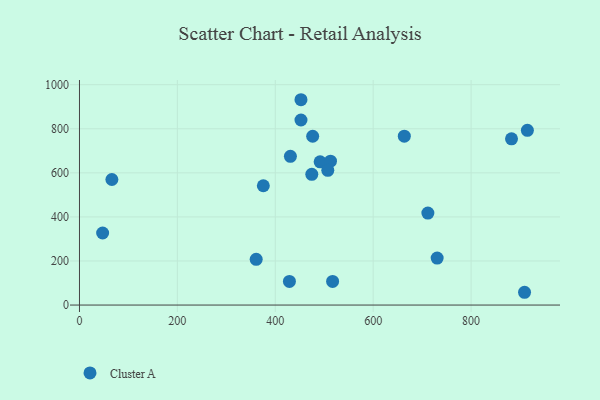
{"axis": {"x": "Investment", "y": "Yield"}, "legend": ["Cluster A"], "data": [{"x": "476.4", "y": 766.1, "type": "Cluster A"}, {"x": "375.6", "y": 541.4, "type": "Cluster A"}, {"x": "915.0", "y": 792.8, "type": "Cluster A"}, {"x": "491.6", "y": 650.1, "type": "Cluster A"}, {"x": "882.6", "y": 754.5, "type": "Cluster A"}, {"x": "474.6", "y": 593.2, "type": "Cluster A"}, {"x": "517.1", "y": 107.2, "type": "Cluster A"}, {"x": "361.0", "y": 207.6, "type": "Cluster A"}, {"x": "452.5", "y": 839.7, "type": "Cluster A"}, {"x": "452.5", "y": 931.8, "type": "Cluster A"}, {"x": "66.2", "y": 569.8, "type": "Cluster A"}, {"x": "909.2", "y": 58.0, "type": "Cluster A"}, {"x": "512.8", "y": 652.9, "type": "Cluster A"}, {"x": "47.3", "y": 327.1, "type": "Cluster A"}, {"x": "663.6", "y": 766.2, "type": "Cluster A"}, {"x": "507.3", "y": 611.3, "type": "Cluster A"}, {"x": "730.7", "y": 213.1, "type": "Cluster A"}, {"x": "430.9", "y": 675.0, "type": "Cluster A"}, {"x": "428.9", "y": 107.4, "type": "Cluster A"}, {"x": "711.7", "y": 417.6, "type": "Cluster A"}]}